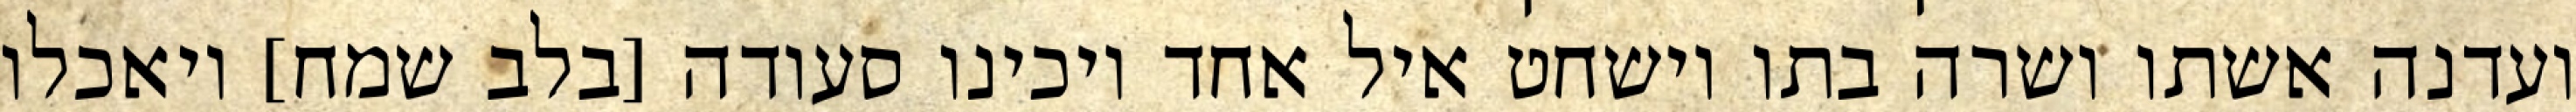
ועדנה אשתו ושרה בתו וישחט איל אחד ויכינו סעודה [בלב שמח] ויאכלו